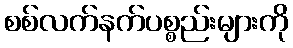
စစ်လက်နက်ပစ္စည်းများကို